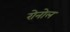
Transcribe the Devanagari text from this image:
रोनोल